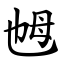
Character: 乸